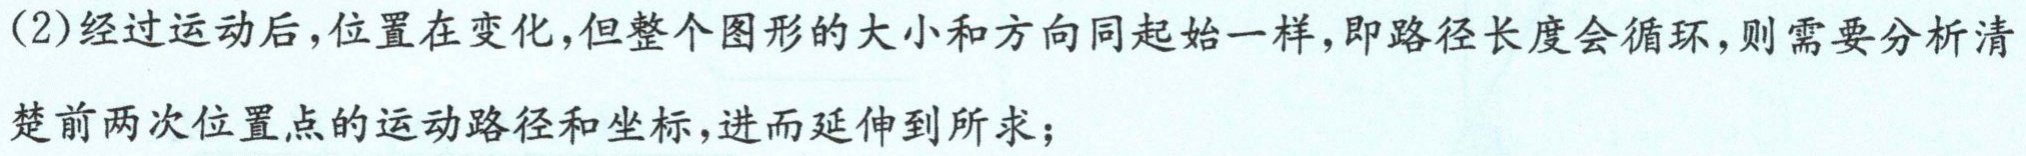
(2)经过运动后,位置在变化,但整个图形的大小和方向同起始一样,即路径长度会循环,则需要分析清
楚前两次位置点的运动路径和坐标,进而延伸到所求；